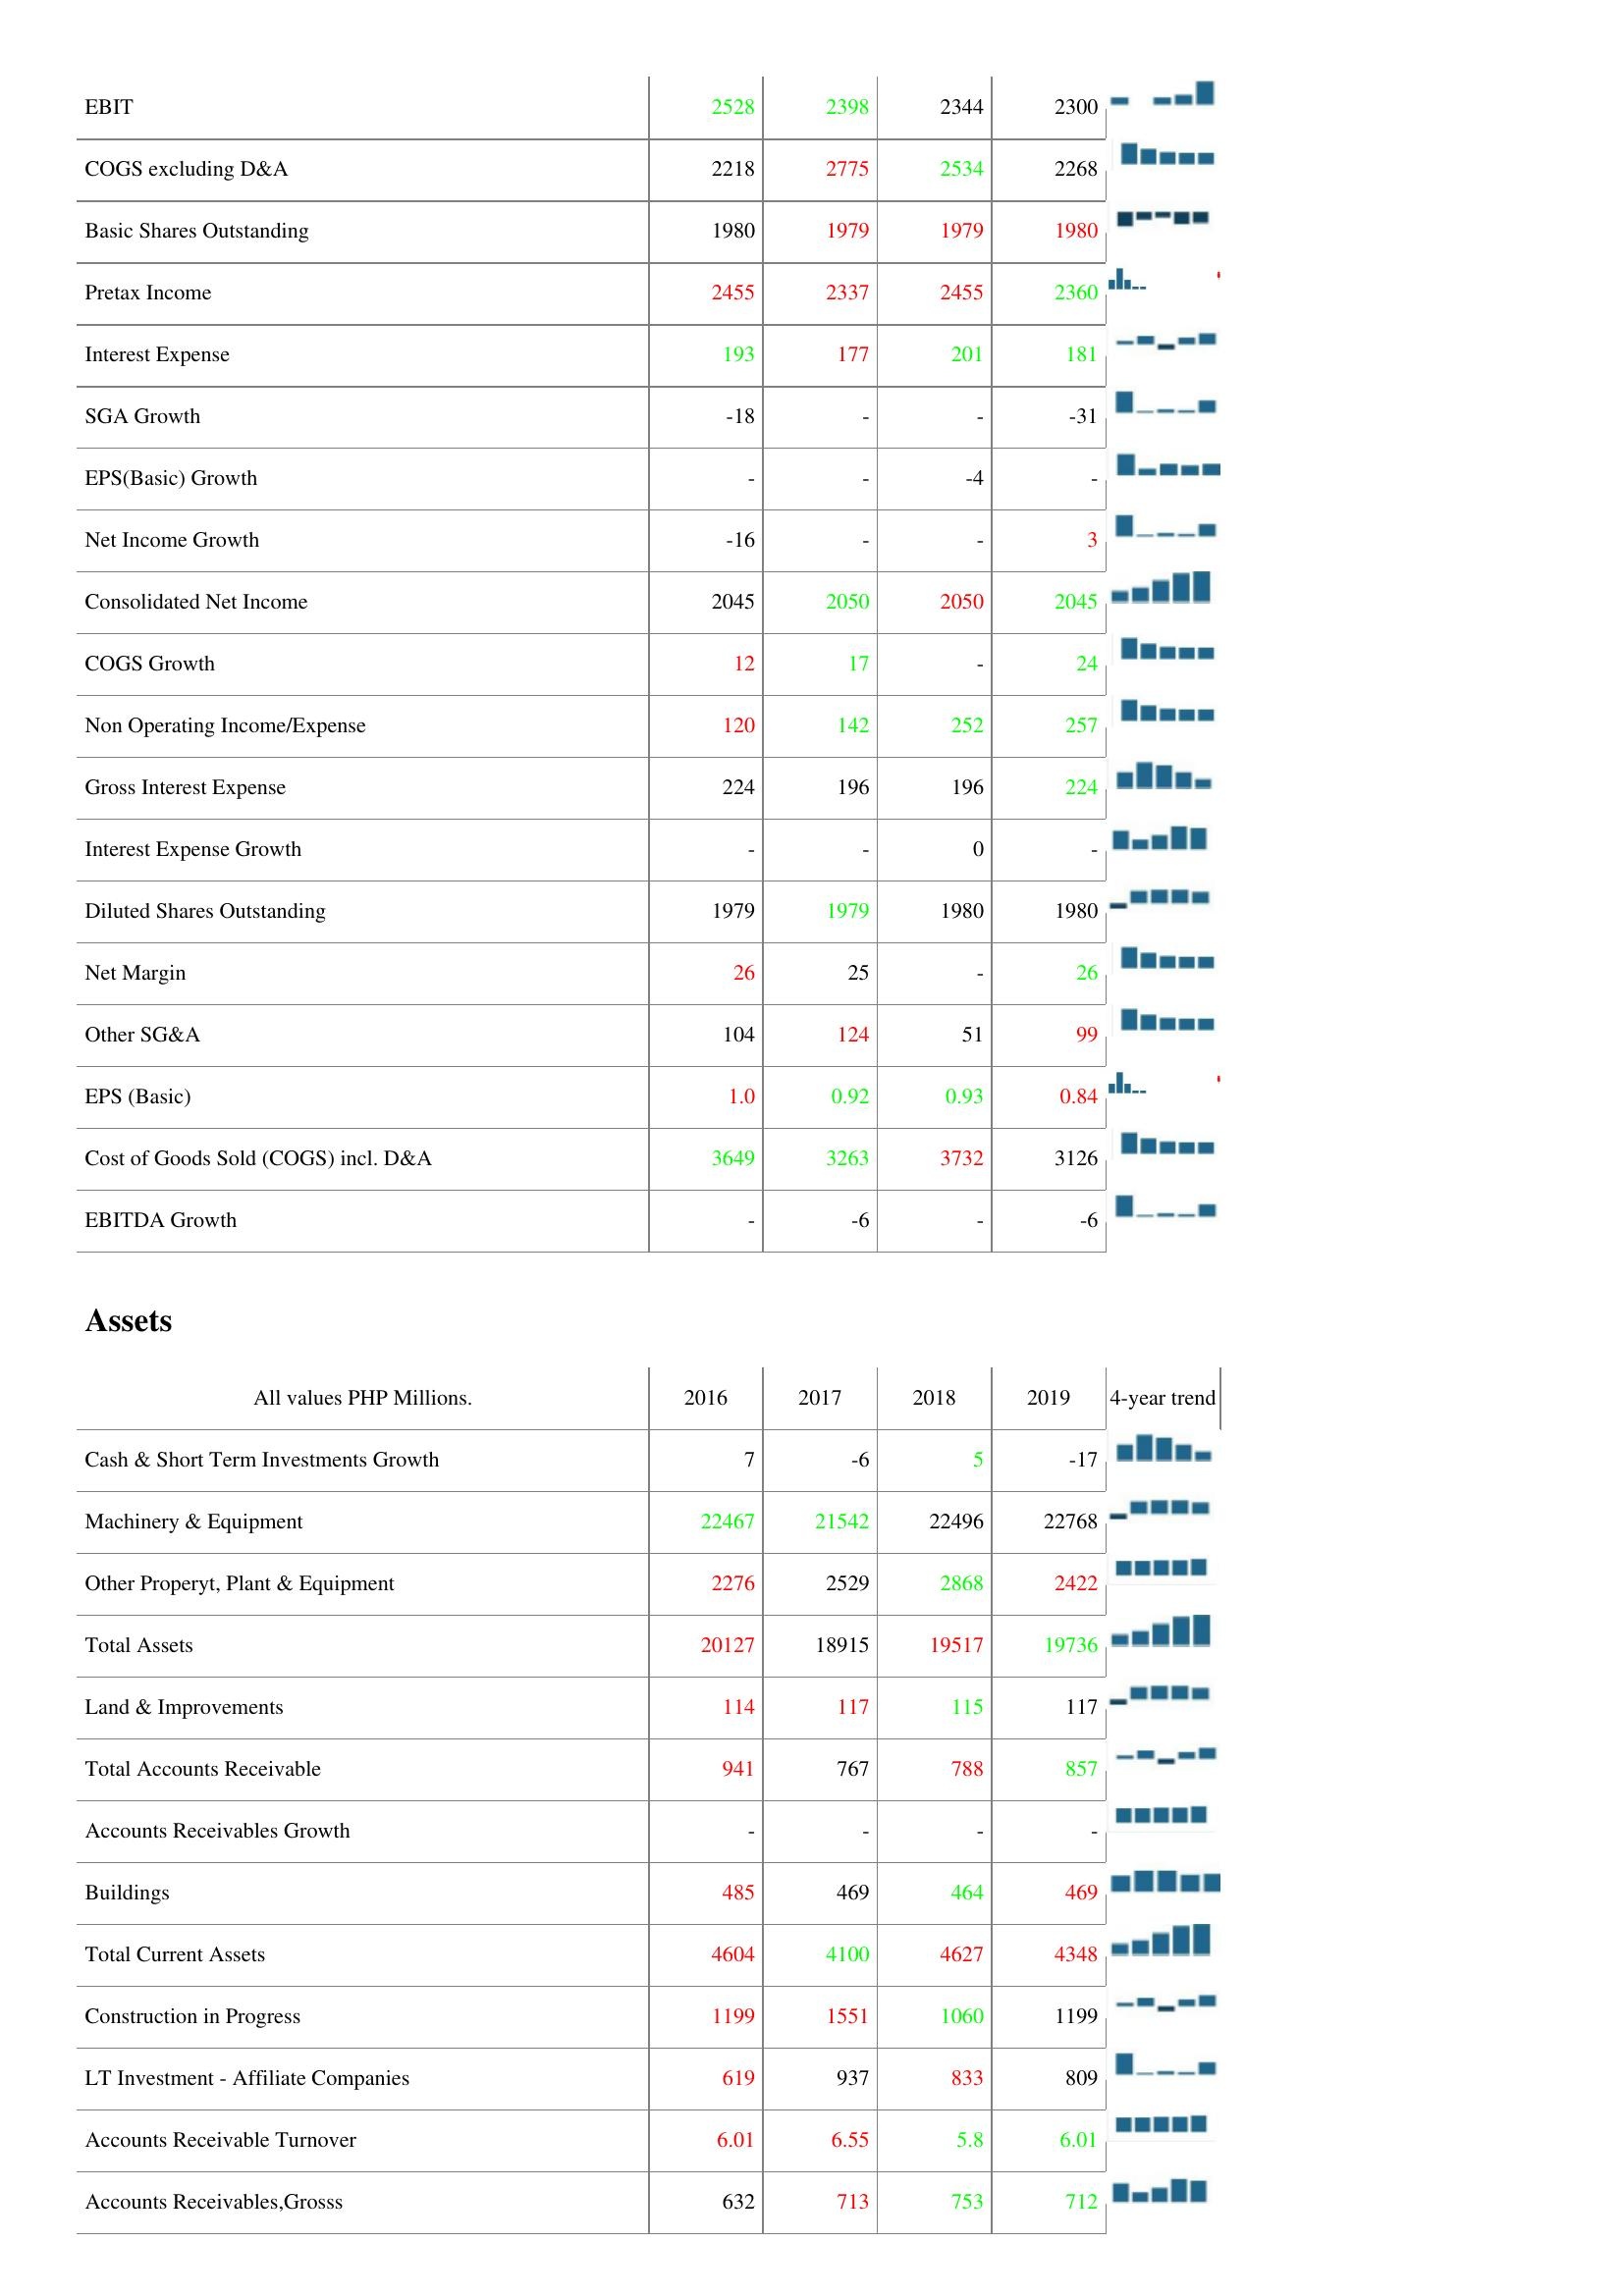
2016: : EBIT: 2528
COGS excluding D&A: 2218
Basic Shares Outstanding: 1980
Pretax Income: 2455
Interest Expense: 193
SGA Growth: -18
EPS(Basic) Growth: -
Net Income Growth: -16
Consolidated Net Income: 2045
COGS Growth: 12
Non Operating Income/Expense: 120
Gross Interest Expense: 224
Interest Expense Growth: -
Diluted Shares Outstanding: 1979
Net Margin: 26
Other SG&A: 104
EPS (Basic): 1.0
Cost of Goods Sold (COGS) incl. D&A: 3649
EBITDA Growth: -
Assets: Cash & Short Term Investments Growth: 7
Machinery & Equipment: 22467
Other Properyt, Plant & Equipment: 2276
Total Assets: 20127
Land & Improvements: 114
Total Accounts Receivable: 941
Accounts Receivables Growth: -
Buildings: 485
Total Current Assets: 4604
Construction in Progress: 1199
LT Investment - Affiliate Companies: 619
Accounts Receivable Turnover: 6.01
Accounts Receivables,Grosss: 632
2017: : EBIT: 2398
COGS excluding D&A: 2775
Basic Shares Outstanding: 1979
Pretax Income: 2337
Interest Expense: 177
SGA Growth: -
EPS(Basic) Growth: -
Net Income Growth: -
Consolidated Net Income: 2050
COGS Growth: 17
Non Operating Income/Expense: 142
Gross Interest Expense: 196
Interest Expense Growth: -
Diluted Shares Outstanding: 1979
Net Margin: 25
Other SG&A: 124
EPS (Basic): 0.92
Cost of Goods Sold (COGS) incl. D&A: 3263
EBITDA Growth: -6
Assets: Cash & Short Term Investments Growth: -6
Machinery & Equipment: 21542
Other Properyt, Plant & Equipment: 2529
Total Assets: 18915
Land & Improvements: 117
Total Accounts Receivable: 767
Accounts Receivables Growth: -
Buildings: 469
Total Current Assets: 4100
Construction in Progress: 1551
LT Investment - Affiliate Companies: 937
Accounts Receivable Turnover: 6.55
Accounts Receivables,Grosss: 713
2018: : EBIT: 2344
COGS excluding D&A: 2534
Basic Shares Outstanding: 1979
Pretax Income: 2455
Interest Expense: 201
SGA Growth: -
EPS(Basic) Growth: -4
Net Income Growth: -
Consolidated Net Income: 2050
COGS Growth: -
Non Operating Income/Expense: 252
Gross Interest Expense: 196
Interest Expense Growth: 0
Diluted Shares Outstanding: 1980
Net Margin: -
Other SG&A: 51
EPS (Basic): 0.93
Cost of Goods Sold (COGS) incl. D&A: 3732
EBITDA Growth: -
Assets: Cash & Short Term Investments Growth: 5
Machinery & Equipment: 22496
Other Properyt, Plant & Equipment: 2868
Total Assets: 19517
Land & Improvements: 115
Total Accounts Receivable: 788
Accounts Receivables Growth: -
Buildings: 464
Total Current Assets: 4627
Construction in Progress: 1060
LT Investment - Affiliate Companies: 833
Accounts Receivable Turnover: 5.8
Accounts Receivables,Grosss: 753
2019: : EBIT: 2300
COGS excluding D&A: 2268
Basic Shares Outstanding: 1980
Pretax Income: 2360
Interest Expense: 181
SGA Growth: -31
EPS(Basic) Growth: -
Net Income Growth: 3
Consolidated Net Income: 2045
COGS Growth: 24
Non Operating Income/Expense: 257
Gross Interest Expense: 224
Interest Expense Growth: -
Diluted Shares Outstanding: 1980
Net Margin: 26
Other SG&A: 99
EPS (Basic): 0.84
Cost of Goods Sold (COGS) incl. D&A: 3126
EBITDA Growth: -6
Assets: Cash & Short Term Investments Growth: -17
Machinery & Equipment: 22768
Other Properyt, Plant & Equipment: 2422
Total Assets: 19736
Land & Improvements: 117
Total Accounts Receivable: 857
Accounts Receivables Growth: -
Buildings: 469
Total Current Assets: 4348
Construction in Progress: 1199
LT Investment - Affiliate Companies: 809
Accounts Receivable Turnover: 6.01
Accounts Receivables,Grosss: 712